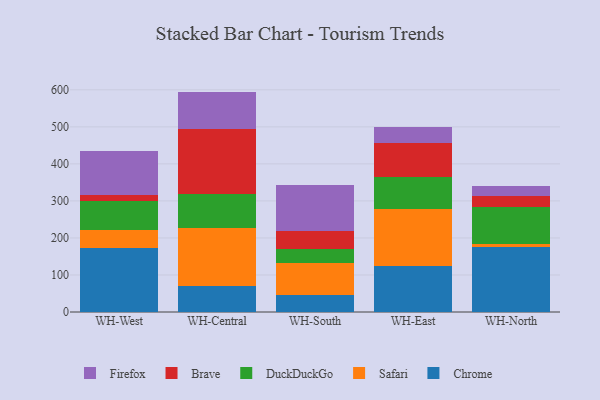
{"axis": {"x": "Warehouse", "y": "Population (Million)"}, "legend": ["Brave", "Chrome", "DuckDuckGo", "Firefox", "Safari"], "data": [{"x": "WH-West", "y": 171.8, "type": "Chrome"}, {"x": "WH-West", "y": 49.4, "type": "Safari"}, {"x": "WH-West", "y": 78.5, "type": "DuckDuckGo"}, {"x": "WH-West", "y": 17.5, "type": "Brave"}, {"x": "WH-West", "y": 116.7, "type": "Firefox"}, {"x": "WH-Central", "y": 69.6, "type": "Chrome"}, {"x": "WH-Central", "y": 156.8, "type": "Safari"}, {"x": "WH-Central", "y": 93.2, "type": "DuckDuckGo"}, {"x": "WH-Central", "y": 173.8, "type": "Brave"}, {"x": "WH-Central", "y": 101.8, "type": "Firefox"}, {"x": "WH-South", "y": 46.2, "type": "Chrome"}, {"x": "WH-South", "y": 87.4, "type": "Safari"}, {"x": "WH-South", "y": 37.8, "type": "DuckDuckGo"}, {"x": "WH-South", "y": 47.9, "type": "Brave"}, {"x": "WH-South", "y": 124.2, "type": "Firefox"}, {"x": "WH-East", "y": 124.2, "type": "Chrome"}, {"x": "WH-East", "y": 154.8, "type": "Safari"}, {"x": "WH-East", "y": 85.3, "type": "DuckDuckGo"}, {"x": "WH-East", "y": 92.5, "type": "Brave"}, {"x": "WH-East", "y": 43.7, "type": "Firefox"}, {"x": "WH-North", "y": 175.5, "type": "Chrome"}, {"x": "WH-North", "y": 7.7, "type": "Safari"}, {"x": "WH-North", "y": 100.2, "type": "DuckDuckGo"}, {"x": "WH-North", "y": 29.3, "type": "Brave"}, {"x": "WH-North", "y": 28.0, "type": "Firefox"}]}